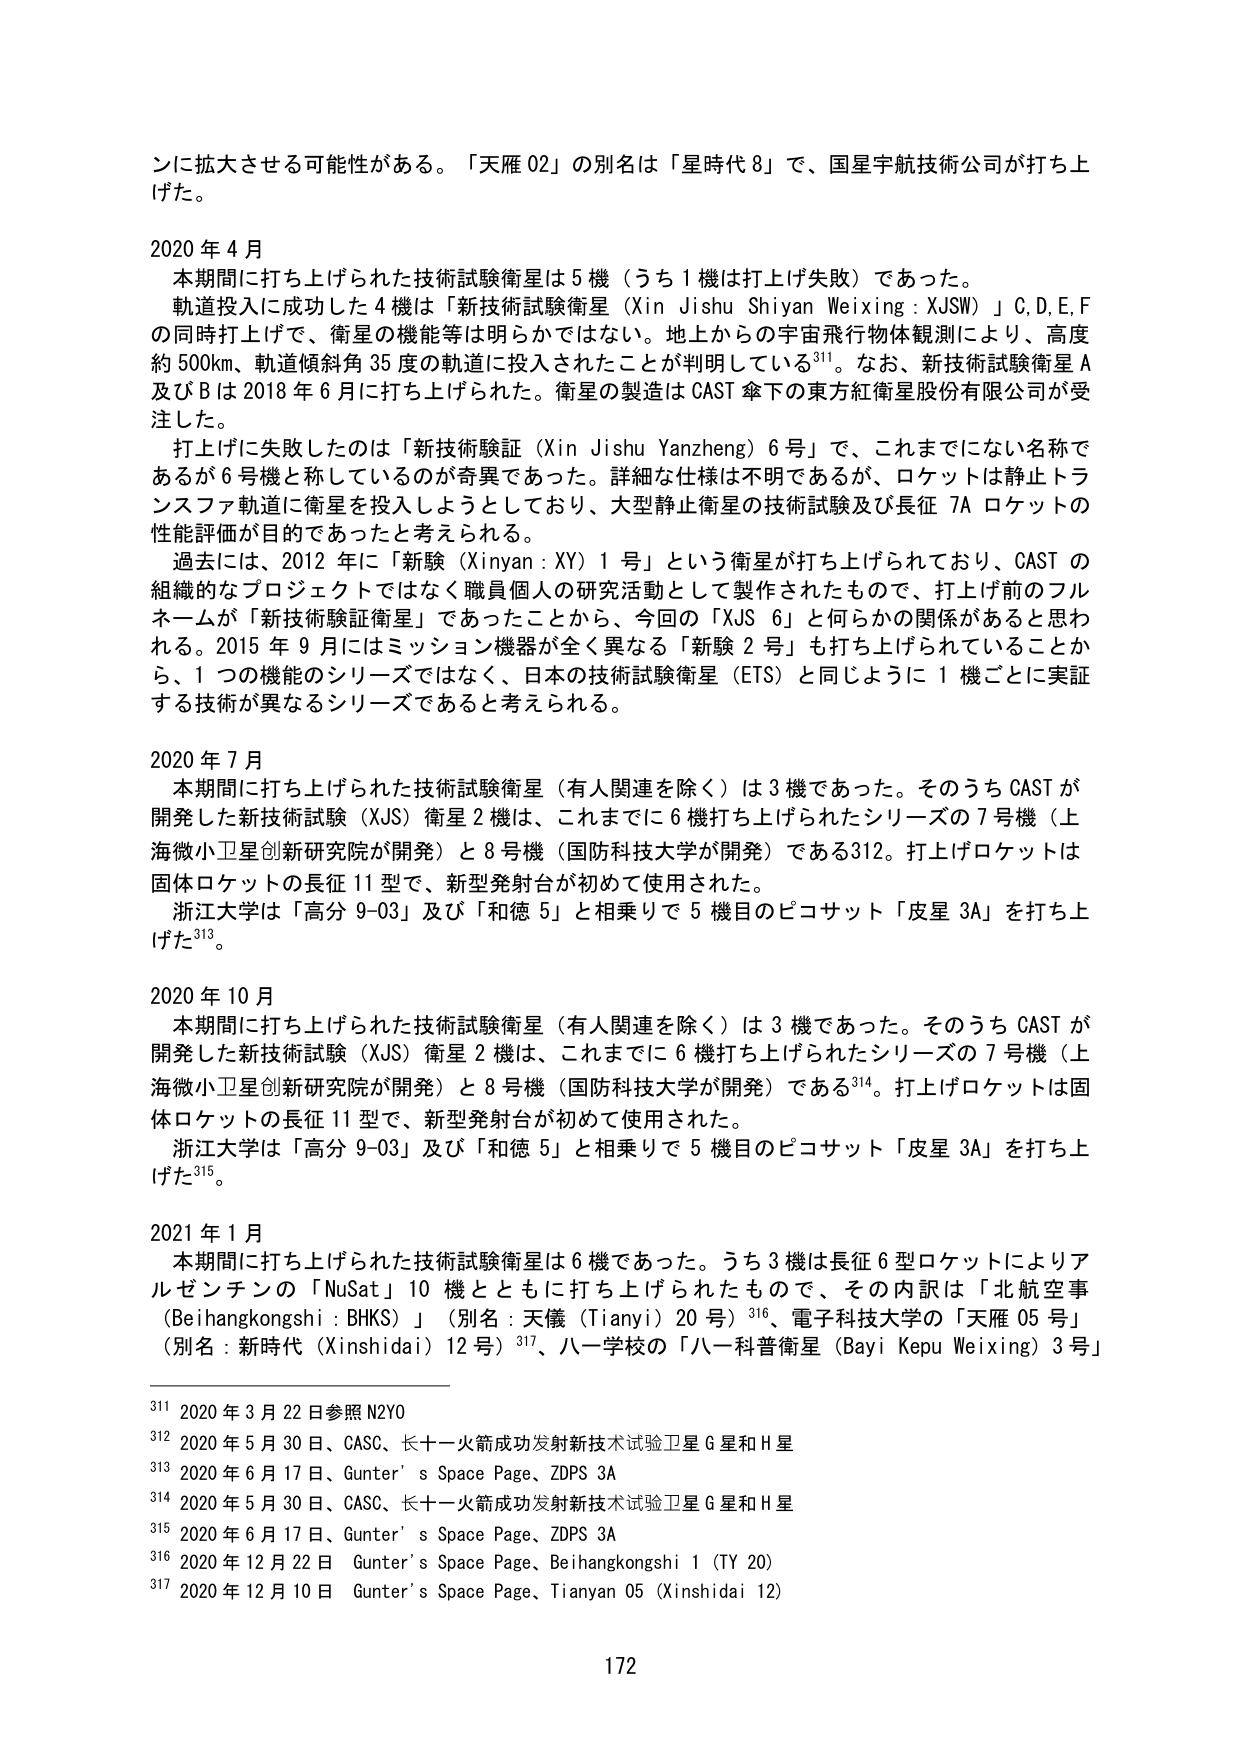
ンに拡大させる可能性がある。「天雁 02」の別名は「星時代 8」で、国星宇航技術公司が打ち上げた。

2020 年 4 月
　本期間に打ち上げられた技術試験衛星は 5 機（うち 1 機は打ち上げ失敗）であった。
　軌道投入に成功した 4 機は「新技術試験衛星（Xin Jishu Shiyan Weixing : XJSW）」C,D,E,F の同時打ち上げで、衛星の機能等は明らかではない。地上からの宇宙飛行物体観測により、高度約 500km、軌道傾斜角 35 度の軌道に投入されたことが判明している311。なお、新技術試験衛星 A 及び B は 2018 年 6 月に打ち上げられた。衛星の製造は CAST 傘下の東方紅衛星股份有限公司が受注した。
　打ち上げに失敗したのは「新技術験証（Xin Jishu Yanzheng）6 号」で、これまでにない名称であるが 6 機と称しているのが奇異である。詳細な仕様は不明であるが、ロケットは静止トランスファ軌道に衛星を投入しようとしており、大型静止衛星の技術試験及び長征 7A ロケットの性能評価が目的であったと考えられる。
　過去には、2012 年に「新験（Xinyan : XY）1 号」という衛星が打ち上げられており、CAST の組織的なプロジェクトではなく職員個人の研究活動として製作されたもので、打ち上げ前のフルネームが「新技術験証衛星」であったことから、今回の「XJS 6」と何らかの関係があると思われる。2015 年 9 月にはミッション機器が全く異なる「新験 2 号」も打ち上げられていることから、1 つの機能のシリーズではなく、日本の技術試験衛星（ETS）と同じように 1 機ごとに実証する技術が異なるシリーズであると考えられる。

2020 年 7 月
　本期間に打ち上げられた技術試験衛星（有人関連を除く）は 3 機であった。そのうち CAST が開発した新技術試験（XJS）衛星 2 機は、これまでに 6 機打ち上げられたシリーズの 7 号機（上海微小卫星創新研究院が開発）と 8 号機（国防科技大学が開発）である312。打ち上げロケットは固体ロケットの長征 11 型で、新型発射台が初めて使用された。
　浙江大学は「高分 9-03」及び「和徳 5」と相乗りで 5 機目のピコサット「皮星 3A」を打ち上げた313。

2020 年 10 月
　本期間に打ち上げられた技術試験衛星（有人関連を除く）は 3 機であった。そのうち CAST が開発した新技術試験（XJS）衛星 2 機は、これまでに 6 機打ち上げられたシリーズの 7 号機（上海微小卫星創新研究院が開発）と 8 号機（国防科技大学が開発）である314。打ち上げロケットは固体ロケットの長征 11 型で、新型発射台が初めて使用された。
　浙江大学は「高分 9-03」及び「和徳 5」と相乗りで 5 機目のピコサット「皮星 3A」を打ち上げた315。

2021 年 1 月
　本期間に打ち上げられた技術試験衛星は 6 機であった。うち 3 機は長征 6 型ロケットによりアルゼンチンの「NuSat」10 機とともに打ち上げられたもので、その内訳は「北航空事（Beihangkongshi : BHKS）」（別名：天儀（Tianyi）20 号）316、電子科技大学の「天雁 05 号」（別名：新時代（Xinshidai）12 号）317、八一学校の「八一科普衛星（Baiyi Kepu Weixing）3 号」

311 2020 年 3 月 22 日参照 N2YO
312 2020 年 5 月 30 日、CASC、长十一火箭成功发射新技术试验卫星 G 星和 H 星
313 2020 年 6 月 17 日、Gunter’s Space Page、ZDPS 3A
314 2020 年 5 月 30 日、CASC、长十一火箭成功发射新技术试验卫星 G 星和 H 星
315 2020 年 6 月 17 日、Gunter’s Space Page、ZDPS 3A
316 2020 年 12 月 22 日 Gunter’s Space Page、Beihangkongshi 1 (TY 20)
317 2020 年 12 月 10 日 Gunter’s Space Page、Tianyan 05 (Xinshidai 12)

172